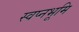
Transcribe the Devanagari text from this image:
स्वप्नभूमि